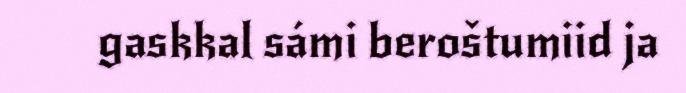
gaskkal sámi beroštumiid ja